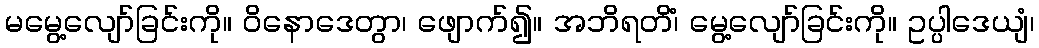
မမွေ့လျော်ခြင်းကို။ ဝိနောဒေတွာ၊ ဖျောက်၍။ အဘိရတိံ၊ မွေ့လျော်ခြင်းကို။ ဥပ္ပါဒေယျံ၊